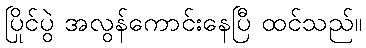
ပြိုင်ပွဲ အလွန်ကောင်းနေပြီ ထင်သည်။